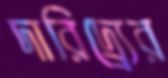
দারিদ্র্র্যের